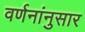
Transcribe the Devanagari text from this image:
वर्णनांनुसार